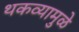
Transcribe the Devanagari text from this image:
थकव्यामुळे